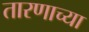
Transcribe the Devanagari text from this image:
तारणाच्या